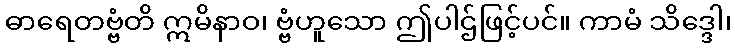
ဓာရေတဗ္ဗံတိ ဣမိနာဝ၊ ဗ္ဗံဟူသော ဤပါဌ်ဖြင့်ပင်။ ကာမံ သိဒ္ဒေါ၊